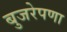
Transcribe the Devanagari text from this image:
बुजरेपणा